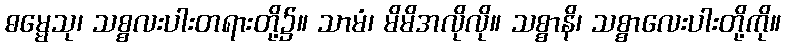
ဓမ္မေသု၊ သစ္စလးပါးတရားတို့၌။ သာမံ၊ မိမိအလိုလို။ သစ္စာနိ၊ သစ္စာလေးပါးတို့ကို။